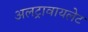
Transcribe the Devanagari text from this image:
अलट्रावायलेट